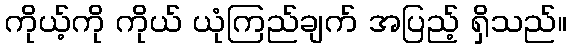
ကိုယ့်ကို ကိုယ် ယုံကြည်ချက် အပြည့် ရှိသည်။